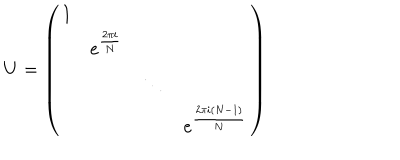
LaTeX: U = \left( \begin{matrix} { { 1 } } & { { } } & { { } } & { { } } \\ { { } } & { { e ^ { \frac { 2 \pi i } { N } } } } & { { } } & { { } } \\ { { } } & { { } } & { { \ddots } } & { { } } \\ { { } } & { { } } & { { } } & { { e ^ { \frac { 2 \pi i ( N - 1 ) } { N } } } } \\ \end{matrix} \right)